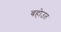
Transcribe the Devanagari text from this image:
बहोउत